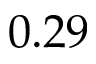
0 . 2 9